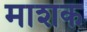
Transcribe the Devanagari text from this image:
माशक